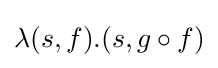
\lambda (s,f).(s,g\circ f)